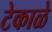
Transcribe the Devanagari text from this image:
टेकाळे